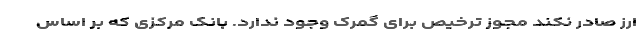
ارز صادر نکند مجوز ترخیص برای گمرک وجود ندارد. بانک مرکزی که بر اساس